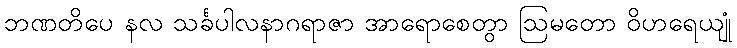
ဘဏတိပေ နလ သင်္ခပါလနာဂရာဇာ အာရောစေတွာ ဩမတော ဝိဟရေယျုံ